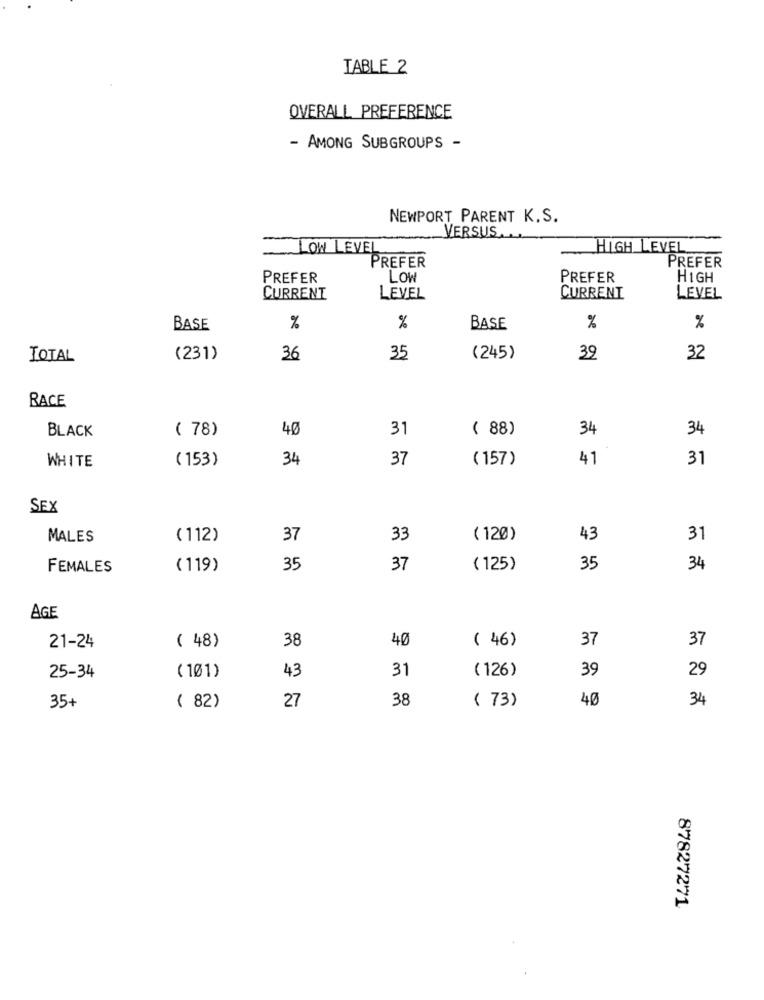
TABLE 2
OVERALL PREFERENCE
- AMONG SUBGROUPS -
NEWPORT PARENT K.S.
VERSUS
LOW LEVEL
HIGH LEVEL
PREFER
PREFER
PREFER
LOW
PREFER
HIGH
CURRENT
LEVEL
CURRENT
LEVEL
BASE
%
%
BASE
%
%
TOTAL
(231)
36
35
(245)
39
32
RACE
BLACK
( 78)
40
31
( 88)
34
34
( 153)
34
37
( 157)
41
31
WHITE
SEX
MALES
( 112)
37
33
( 120)
43
31
FEMALES
(119)
35
37
( 125)
35
34
AGE
( 48)
40
( 46)
37
21-24
38
37
43
31
( 126)
39
29
25-34
( 101)
38
40
34
35+
( 82)
27
( 73)
87827271